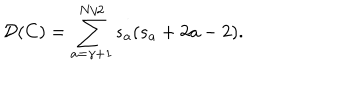
{ \mathcal D } ( C ) = \sum _ { a = \gamma + 1 } ^ { N / 2 } s _ { a } ( s _ { a } + 2 a - 2 ) .